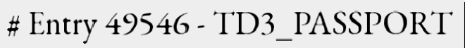
# Entry 49546 - TD3_PASSPORT